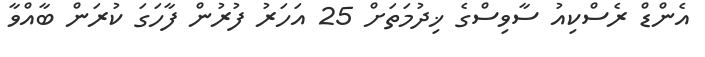
އެންޑް ރެސްކިއު ސާވިސްގެ ޚިދުމަތަށް 25 އަހަރު ފުރުން ފާހަގަ ކުރަން ބާއްވާ